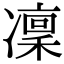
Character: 凜